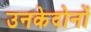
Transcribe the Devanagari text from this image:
उनकेदोनों